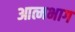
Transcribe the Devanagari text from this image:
आत्मभाग